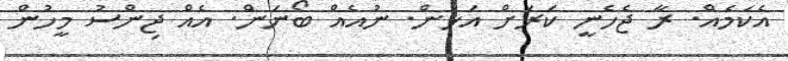
އެކަމެއް. ރާ ޖެހެނީ ކަރަށް އަޅަން. ނުއެއް ބޯނަން. އެއް ޖިންސު މީހުން